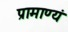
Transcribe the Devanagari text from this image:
प्रामाण्यं